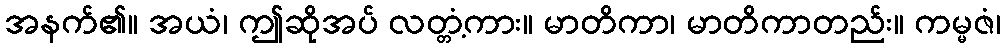
အနက်၏။ အယံ၊ ဤဆိုအပ် လတ္တံ့ကား။ မာတိကာ၊ မာတိကာတည်း။ ကမ္မဇံ၊